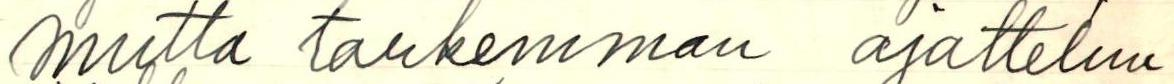
mutta tarkemman ajattelun